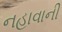
નહાવાની